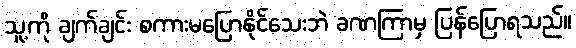
သူ့ကို ချက်ချင်း စကားမပြောနိုင်သေးဘဲ ခဏကြာမှ ပြန်ပြောရသည်။